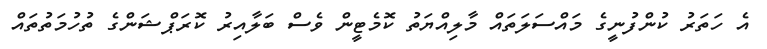
އެ ހަތަރު ކުންފުނީގެ މައްސަލަތައް މާލިއްޔަތު ކޮމެޓީން ވެސް ބަލާއިރު ކޮރަޕްޝަންގެ ތުހުމަތުތައް